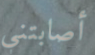
أصابتني